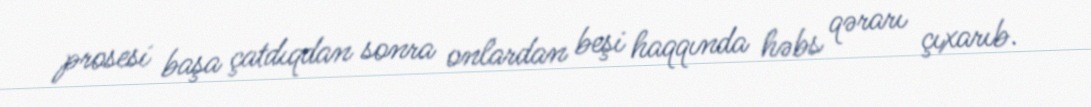
prosesi başa çatdıqdan sonra onlardan beşi haqqında həbs qərarı çıxarıb.